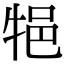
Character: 𤙝